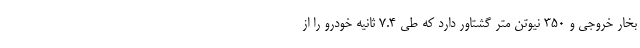
بخار خروجی و 350 نیوتن متر گشتاور دارد که طی 7.4 ثانیه خودرو را از